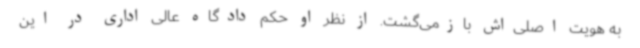
به هویت اصلی‌اش بازمی‌گشت. از نظر او حکم دادگاه عالی اداری در این